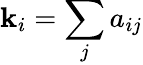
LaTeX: \mathbf{k}_{i}=\sum_{j}a_{ij}